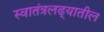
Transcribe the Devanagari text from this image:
स्वातंत्रलढ्यातील